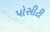
પોસીટી